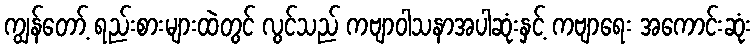
ကျွန်တော့် ရည်းစားများထဲတွင် လွင်သည် ကဗျာဝါသနာအပါဆုံးနှင့် ကဗျာရေး အကောင်းဆုံး